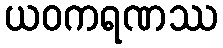
ယဝကရဏဿ